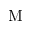
\mathrm { M }